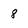
Character: 8